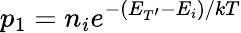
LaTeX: p_{1}=n_{i}e^{-(E_{T^{\prime}}-E_{i})/kT}